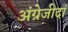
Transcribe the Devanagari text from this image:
अंग्रेजीदां